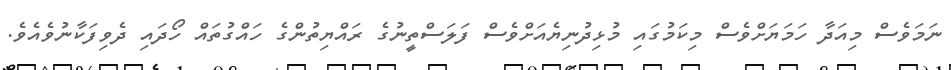
ނަމަވެސް މިއަދާ ހަމަޔަށްވެސް މިކަމުގައި މުޅިދުނިޔެއަށްވެސް ފަލަސްތީނުގެ ރައްޔިތުންގެ ހައްގުތައް ހޯދައި ދެވިފަކާނުވެއެވެ.